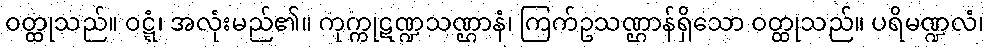
ဝတ္ထုသည်။ ဝဋ္ဋံ၊ အလုံးမည်၏။ ကုက္ကုဋဏ္ဍသဏ္ဌာနံ၊ ကြက်ဥသဏ္ဌာန်ရှိသော ဝတ္ထုသည်။ ပရိမဏ္ဍလံ၊